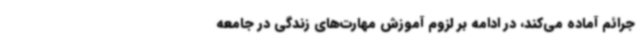
جرائم آماده می‌کند، در ادامه بر لزوم آموزش مهارت‌های زندگی در جامعه